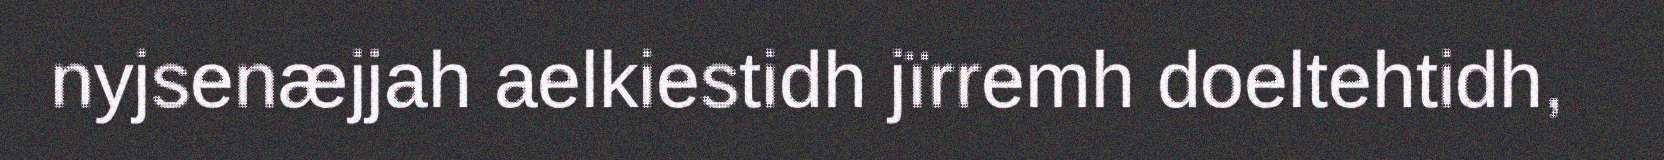
nyjsenæjjah aelkiestidh jïrremh doeltehtidh,